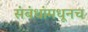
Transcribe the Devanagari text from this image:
संबंधांमधूनच